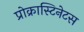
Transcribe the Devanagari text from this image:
प्रोक्रास्टिनेटस